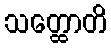
သတ္ထောတိ